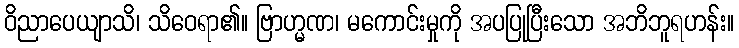
ဝိညာပေယျာသိ၊ သိဝေရာ၏။ ဗြာဟ္မဏ၊ မကောင်းမှုကို အပပြုပြီးသော အဘိဘူရဟန်း။